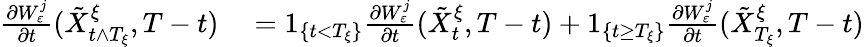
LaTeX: \begin{array}{rl}{\frac{\partial W_{\varepsilon}^{j}}{\partial t}(\tilde{X}_{t\wedge T_{\xi}}^{\xi},T-t)}&{{}=1_{\left\{ t<T_{\xi}\right\} }\frac{\partial W_{\varepsilon}^{j}}{\partial t}(\tilde{X}_{t}^{\xi},T-t)+1_{\left\{ t\geq T_{\xi}\right\} }\frac{\partial W_{\varepsilon}^{j}}{\partial t}(\tilde{X}_{T_{\xi}}^{\xi},T-t)}\end{array}